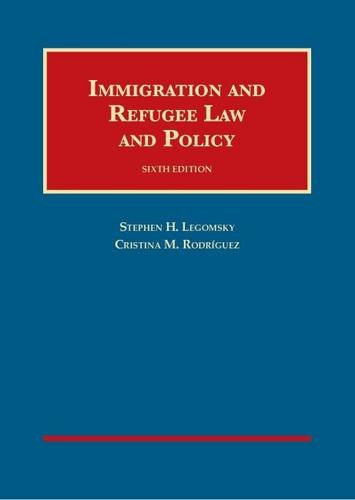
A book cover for Immigration and Refugee Law and Policy (University Casebook Series); Stephen Legomsky; Law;